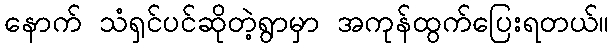
နောက် သံရှင်ပင်ဆိုတဲ့ရွာမှာ အကုန်ထွက်ပြေးရတယ်။